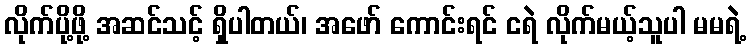
လိုက်ပို့ဖို့ အဆင်သင့် ရှိပါတယ်၊ အဖော် ကောင်းရင် ငရဲ လိုက်မယ့်သူပါ မမရဲ့